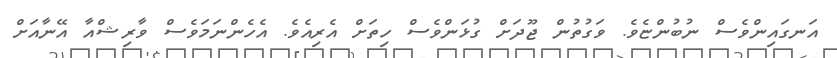
އަނގައިންވެސް ނުބުންޏެވެ. ވަގުތުން ޖޫދަށް ގުޅަންވެސް ހިތަށް އެރިއެވެ. އެހެންނަމަވެސް ވާރިޝްއާ އޭނާއަށް